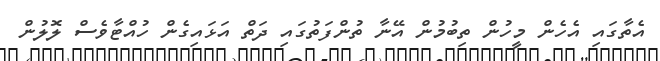
އެތާގައި އެހެން މީހުން ތިބުމުން އޭނާ ތުންފަތުގައި ދަތް އަޅައިގެން ހުއްޓާވެސް ލޮލުން